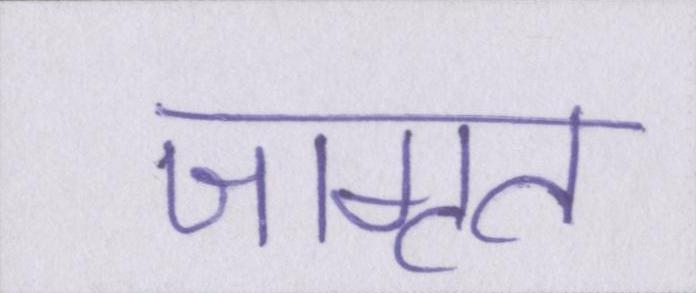
जागृत